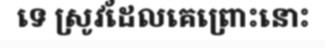
ទេ ស្រូវដែលគេព្រោះនោះ